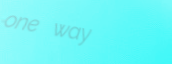
one way